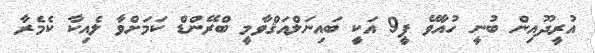
އުރީދޫއިން ބުނީ ހުއާވޭ ޕީ9 އަކީ ބައިނަލްއަޤްވާމީ ބްރޭންޑް ކަމަށްވާ ލެއިކާ ކެމެރާ